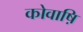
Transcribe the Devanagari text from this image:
कोवाष़ि